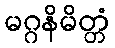
မဂ္ဂနိမိတ္တံ